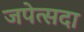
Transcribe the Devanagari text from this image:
जपेत्सदा